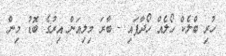
ހުރި ބްލެކް ހޯލެއް ހޯދާފައި - ބާރަ މިލިއަން އިރުގެ ބޮޑު މިން